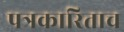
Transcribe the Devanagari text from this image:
पत्रकारिताच